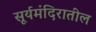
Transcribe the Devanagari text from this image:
सूर्यमंदिरातील